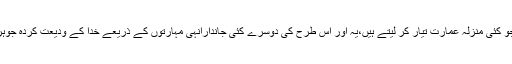
دیمک کے اندھے کیڑے جو کئی منزلہ عمارت تیار کر لیتے ہیں،یہ اور اس طرح کی دوسرے کئی جاندارانہی مہارتوں کے ذریعے خدا کے ودیعت کردہ جوہروں سے پردہ اٹھاتے ہیں ۔